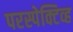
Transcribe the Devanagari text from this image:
परस्पेक्टिव्ह